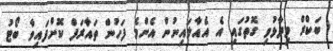
ބަކްރް ވިދާޅުވި ގޮތުގައި އެ އެއާލައިނުން އެންމެ ފަހުން ތައާރަފް ކޮށްފައިވާ ބޯޓު